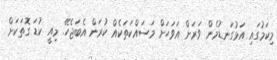
މިކަމުގައި އަޅުގަނޑުމެން ވަރަށް އަވަހަށް މަސައްކަތަކެއް ކުރަން އެބަޖެހޭ. މިއީ ކުޑަ ގޮތަކަށް